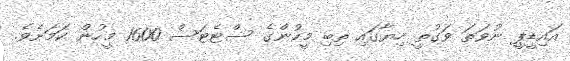
އައިޑީޕީ ނުވަތަ ވަގުތީ ހިޔާގައި ތިބި މީހުންގެ ސްޓެޓަސް 1600 މީހުން ކަމަށެވެ.